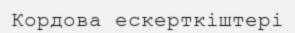
Кордова ескерткіштері